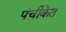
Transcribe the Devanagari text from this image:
पंचीकेत